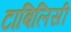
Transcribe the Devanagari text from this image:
टाबिलिसी